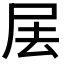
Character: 𡱅